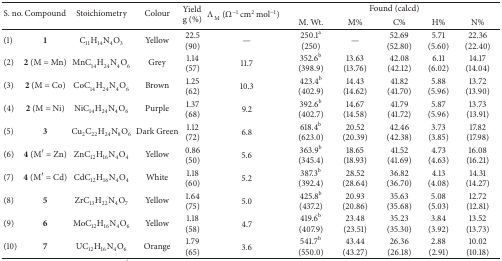
<table><thead><tr><td rowspan="2"><b>S. no.</b></td><td rowspan="2"><b>Compound</b></td><td rowspan="2"><b>Stoichiometry</b></td><td rowspan="2"><b>Colour</b></td><td rowspan="2"><b>Yieldg (%)</b></td><td rowspan="2"><b>Λ<sub>M</sub> (Ω<sup>−1</sup> cm<sup>2</sup> mol<sup>−1</sup>)</b></td><td colspan="5"><b>Found (calcd)</b></td></tr><tr><td><b>M. Wt.</b></td><td><b>M%</b></td><td><b>C%</b></td><td><b>H%</b></td><td><b>N%</b></td></tr></thead><tbody><tr><td>(1)</td><td><b>1</b></td><td>C<sub>11</sub>H<sub>14</sub>N<sub>4</sub>O<sub>3</sub></td><td>Yellow</td><td>22.5 (90)</td><td>—</td><td>250.1<sup>a</sup> (250)</td><td>—</td><td>52.69 (52.80)</td><td>5.71 (5.60)</td><td>22.36 (22.40)</td></tr><tr><td>(2)</td><td><b>2</b> (M = Mn)</td><td>MnC<sub>14</sub>H<sub>24</sub>N<sub>4</sub>O<sub>6</sub></td><td>Grey</td><td>1.14 (57)</td><td>11.7</td><td>352.6<sup>b</sup> (398.9)</td><td>13.63 (13.76)</td><td>42.08 (42.12)</td><td>6.11 (6.02)</td><td>14.17 (14.04)</td></tr><tr><td>(3)</td><td><b>2</b> (M = Co)</td><td>CoC<sub>14</sub>H<sub>24</sub>N<sub>4</sub>O<sub>6</sub></td><td>Brown</td><td>1.25 (62)</td><td>10.3</td><td>423.4<sup>b</sup> (402.9)</td><td>14.43 (14.62)</td><td>41.82 (41.70)</td><td>5.88 (5.96)</td><td>13.72 (13.90)</td></tr><tr><td>(4)</td><td><b>2</b> (M = Ni)</td><td>NiC<sub>14</sub>H<sub>24</sub>N<sub>4</sub>O<sub>6</sub></td><td>Purple</td><td>1.37 (68)</td><td>9.2</td><td>392.6<sup>b</sup> (402.7)</td><td>14.67 (14.58)</td><td>41.79 (41.72)</td><td>5.87 (5.96)</td><td>13.73 (13.91)</td></tr><tr><td>(5)</td><td><b>3</b></td><td>Cu<sub>2</sub>C<sub>22</sub>H<sub>24</sub>N<sub>8</sub>O<sub>6</sub></td><td>Dark Green</td><td>1.12 (72)</td><td>6.8</td><td>618.4<sup>b</sup> (623.0)</td><td>20.52 (20.39)</td><td>42.46 (42.38)</td><td>3.73 (3.85)</td><td>17.82 (17.98)</td></tr><tr><td>(6)</td><td><b>4</b> (M′ = Zn)</td><td>ZnC<sub>12</sub>H<sub>16</sub>N<sub>4</sub>O<sub>4</sub></td><td>Yellow</td><td>0.86 (50)</td><td>5.6</td><td>363.9<sup>b</sup> (345.4)</td><td>18.65 (18.93)</td><td>41.52 (41.69)</td><td>4.73 (4.63)</td><td>16.08 (16.21)</td></tr><tr><td>(7)</td><td><b>4</b> (M′ = Cd)</td><td>CdC<sub>12</sub>H<sub>16</sub>N<sub>4</sub>O<sub>4</sub></td><td>White</td><td>1.18 (60)</td><td>5.2</td><td>387.3<sup>b</sup> (392.4)</td><td>28.52 (28.64)</td><td>36.82 (36.70)</td><td>4.13 (4.08)</td><td>14.31 (14.27)</td></tr><tr><td>(8)</td><td><b>5</b></td><td>ZrC<sub>13</sub>H<sub>22</sub>N<sub>4</sub>O<sub>7</sub></td><td>Yellow</td><td>1.64 (75)</td><td>5.0</td><td>425.8<sup>b</sup> (437.2)</td><td>20.93 (20.86)</td><td>35.63 (35.68)</td><td>5.08 (5.03)</td><td>12.72 (12.81)</td></tr><tr><td>(9)</td><td><b>6</b></td><td>MoC<sub>12</sub>H<sub>16</sub>N<sub>4</sub>O<sub>6</sub></td><td>Yellow</td><td>1.18 (58)</td><td>4.7</td><td>419.6<sup>b</sup> (407.9)</td><td>23.48 (23.51)</td><td>35.23 (35.30)</td><td>3.84 (3.92)</td><td>13.52 (13.73)</td></tr><tr><td>(10)</td><td><b>7</b></td><td>UC<sub>12</sub>H<sub>16</sub>N<sub>4</sub>O<sub>6</sub></td><td>Orange</td><td>1.79 (65)</td><td>3.6</td><td>541.7<sup>b</sup> (550.0)</td><td>43.44 (43.27)</td><td>26.36 (26.18)</td><td>2.88 (2.91)</td><td>10.02 (10.18)</td></tr></tbody></table>